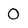
Character: 0